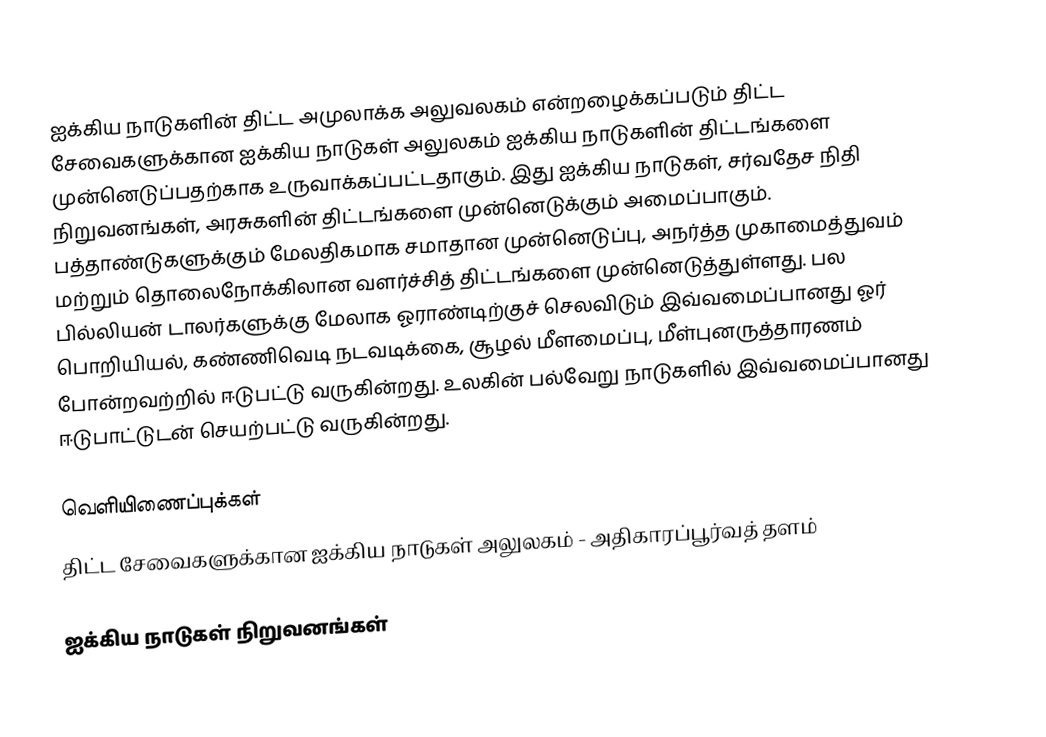
ஐக்கிய நாடுகளின் திட்ட அமுலாக்க அலுவலகம் என்றழைக்கப்படும் திட்ட சேவைகளுக்கான ஐக்கிய நாடுகள் அலுலகம் ஐக்கிய நாடுகளின் திட்டங்களை முன்னெடுப்பதற்காக உருவாக்கப்பட்டதாகும். இது ஐக்கிய நாடுகள், சர்வதேச நிதி நிறுவனங்கள், அரசுகளின் திட்டங்களை முன்னெடுக்கும் அமைப்பாகும். பத்தாண்டுகளுக்கும் மேலதிகமாக சமாதான முன்னெடுப்பு, அநர்த்த முகாமைத்துவம் மற்றும் தொலைநோக்கிலான வளர்ச்சித் திட்டங்களை முன்னெடுத்துள்ளது. பல பில்லியன் டாலர்களுக்கு மேலாக ஓராண்டிற்குச் செலவிடும் இவ்வமைப்பானது ஓர் பொறியியல், கண்ணிவெடி நடவடிக்கை, சூழல் மீளமைப்பு, மீள்புனருத்தாரணம் போன்றவற்றில் ஈடுபட்டு வருகின்றது. உலகின் பல்வேறு நாடுகளில் இவ்வமைப்பானது ஈடுபாட்டுடன் செயற்பட்டு வருகின்றது.

வெளியிணைப்புக்கள்
 திட்ட சேவைகளுக்கான ஐக்கிய நாடுகள் அலுலகம்  - அதிகாரப்பூர்வத் தளம்

ஐக்கிய நாடுகள் நிறுவனங்கள்